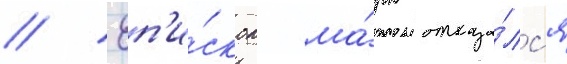
// Еп'и́скоп ма́рк отказа́лс'я